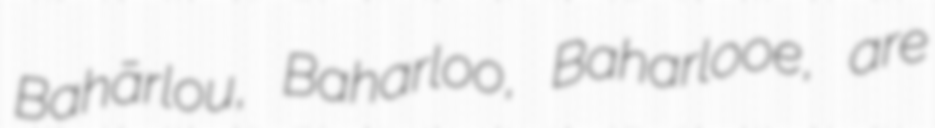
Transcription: Bahārlou, Baharloo, Baharlooe, are